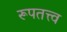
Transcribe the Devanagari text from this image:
रूपतत्त्व